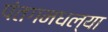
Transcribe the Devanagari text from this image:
पंतगमधल्या